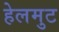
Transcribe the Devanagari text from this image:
हेलमुट